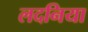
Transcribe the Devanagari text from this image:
लदनिया